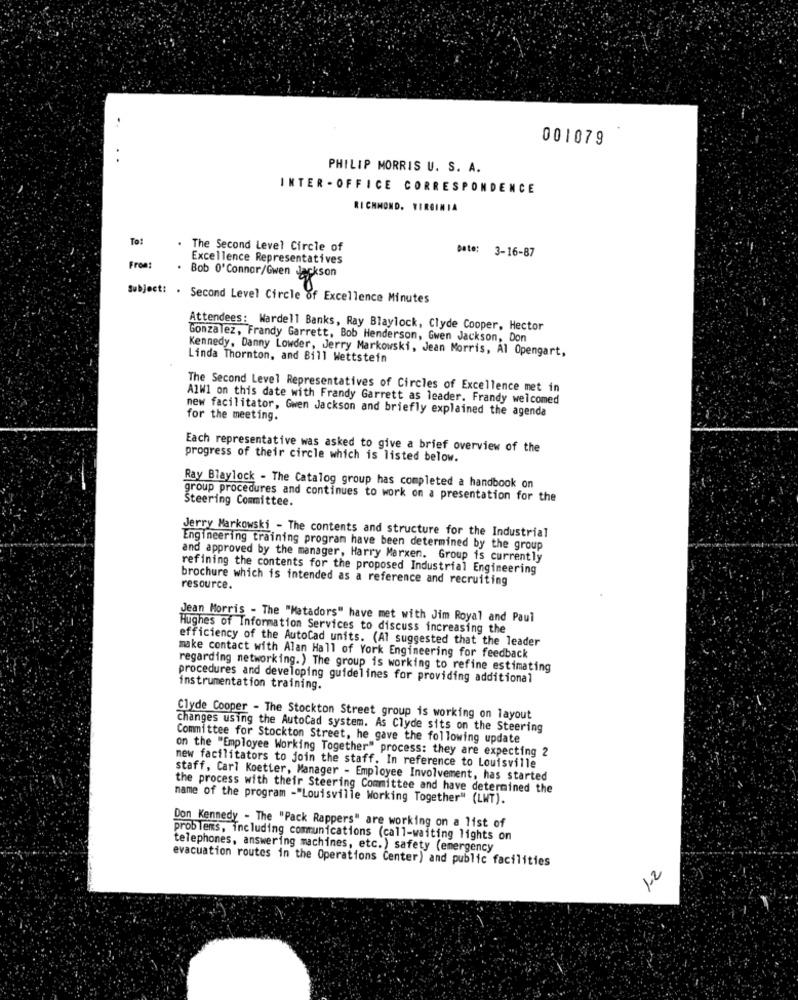
001079
PHILIP MORRIS U. S. A.
INTER - OFFICE CORRESPONDENCE
RICHMOND, VIRGINIA
To:
The Second Level Circle of
Date: 3-16-87
Excellence Representatives
From:
Bob O' Connor/Gwen Jackson
Subject: . Second Level Circle of Excellence Minutes
Attendees: Wardell Banks, Ray Blaylock, Clyde Cooper, Hector
Gonzalez, Frandy Garrett, Bob Henderson, Gwen Jackson, Don
Kennedy, Danny Lowder, Jerry Markowski, Jean Morris, Al Opengart,
Linda Thornton, and Bill Wettstein
The Second Level Representatives of Circles of Excellence met in
A1W1 on this date with Frandy Garrett as leader. Frandy welcomed
new facilitator, Gwen Jackson and briefly explained the agenda
for the meeting.
Each representative was asked to give a brief overview of the
progress of their circle which is listed below.
Ray Blaylock - The Catalog group has completed a handbook on
group procedures and continues to work on a presentation for the
Steering Committee.
Jerry Markowski - The contents and structure for the Industrial
Engineering training program have been determined by the group
and approved by the manager, Harry Marxen. Group is currently
refining the contents for the proposed Industrial Engineering
brochure which is intended as a reference and recruiting
resource.
Jean Morris - The "Matadors" have met with Jim Royal and Paul
Hughes of Information Services to discuss increasing the
efficiency of the AutoCad units. (Al suggested that the leader
make contact with Alan Hall of York Engineering for feedback
regarding networking.) The group is working to refine estimating
procedures and developing guidelines for providing additional
instrumentation training.
Clyde Cooper - The Stockton Street group is working on layout
changes using the AutoCad system. As Clyde sits on the Steering
Committee for Stockton Street, he gave the following update
on the "Employee Working Together" process: they are expecting 2
new facilitators to join the staff. In reference to Louisville
staff, Carl Koetter, Manager - Employee Involvement, has started
the process with their Steering Committee and have determined the
name of the program -"Louisville Working Together" (LWT).
Don Kennedy - The "Pack Rappers" are working on a list of
problems, including communications (call-waiting lights on
telephones, answering machines, etc.) safety (emergency
evacuation routes in the Operations Center) and public facilities
1.2